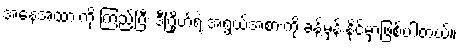
အနေအထားကို ကြည့်ပြီး ဒီဂြိုဟ်ရဲ့ အရွယ်အစားကို ခန့်မှန်းနိုင်မှာဖြစ်ပါတယ်။